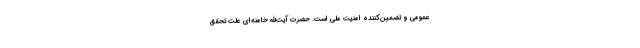
عمومی و تضمین‌کننده امنیت ملی است. حضرت آیت‌الله خامنه‌ای علت تحقق